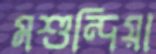
মশুন্দিয়া